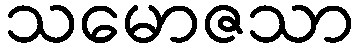
သမောဇသာ